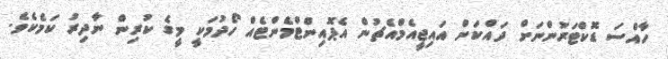
ހާއްސަ ޑޮކްޓަރުންނަށް ދައްކަން އައިޖީއެމްއެޗުން އެޕޮއިންޓްމެންޓެއް ހޯދުމަކީ މީގެ ކުރިން ނާދިރު ކަމެކެވެ.